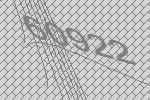
60922